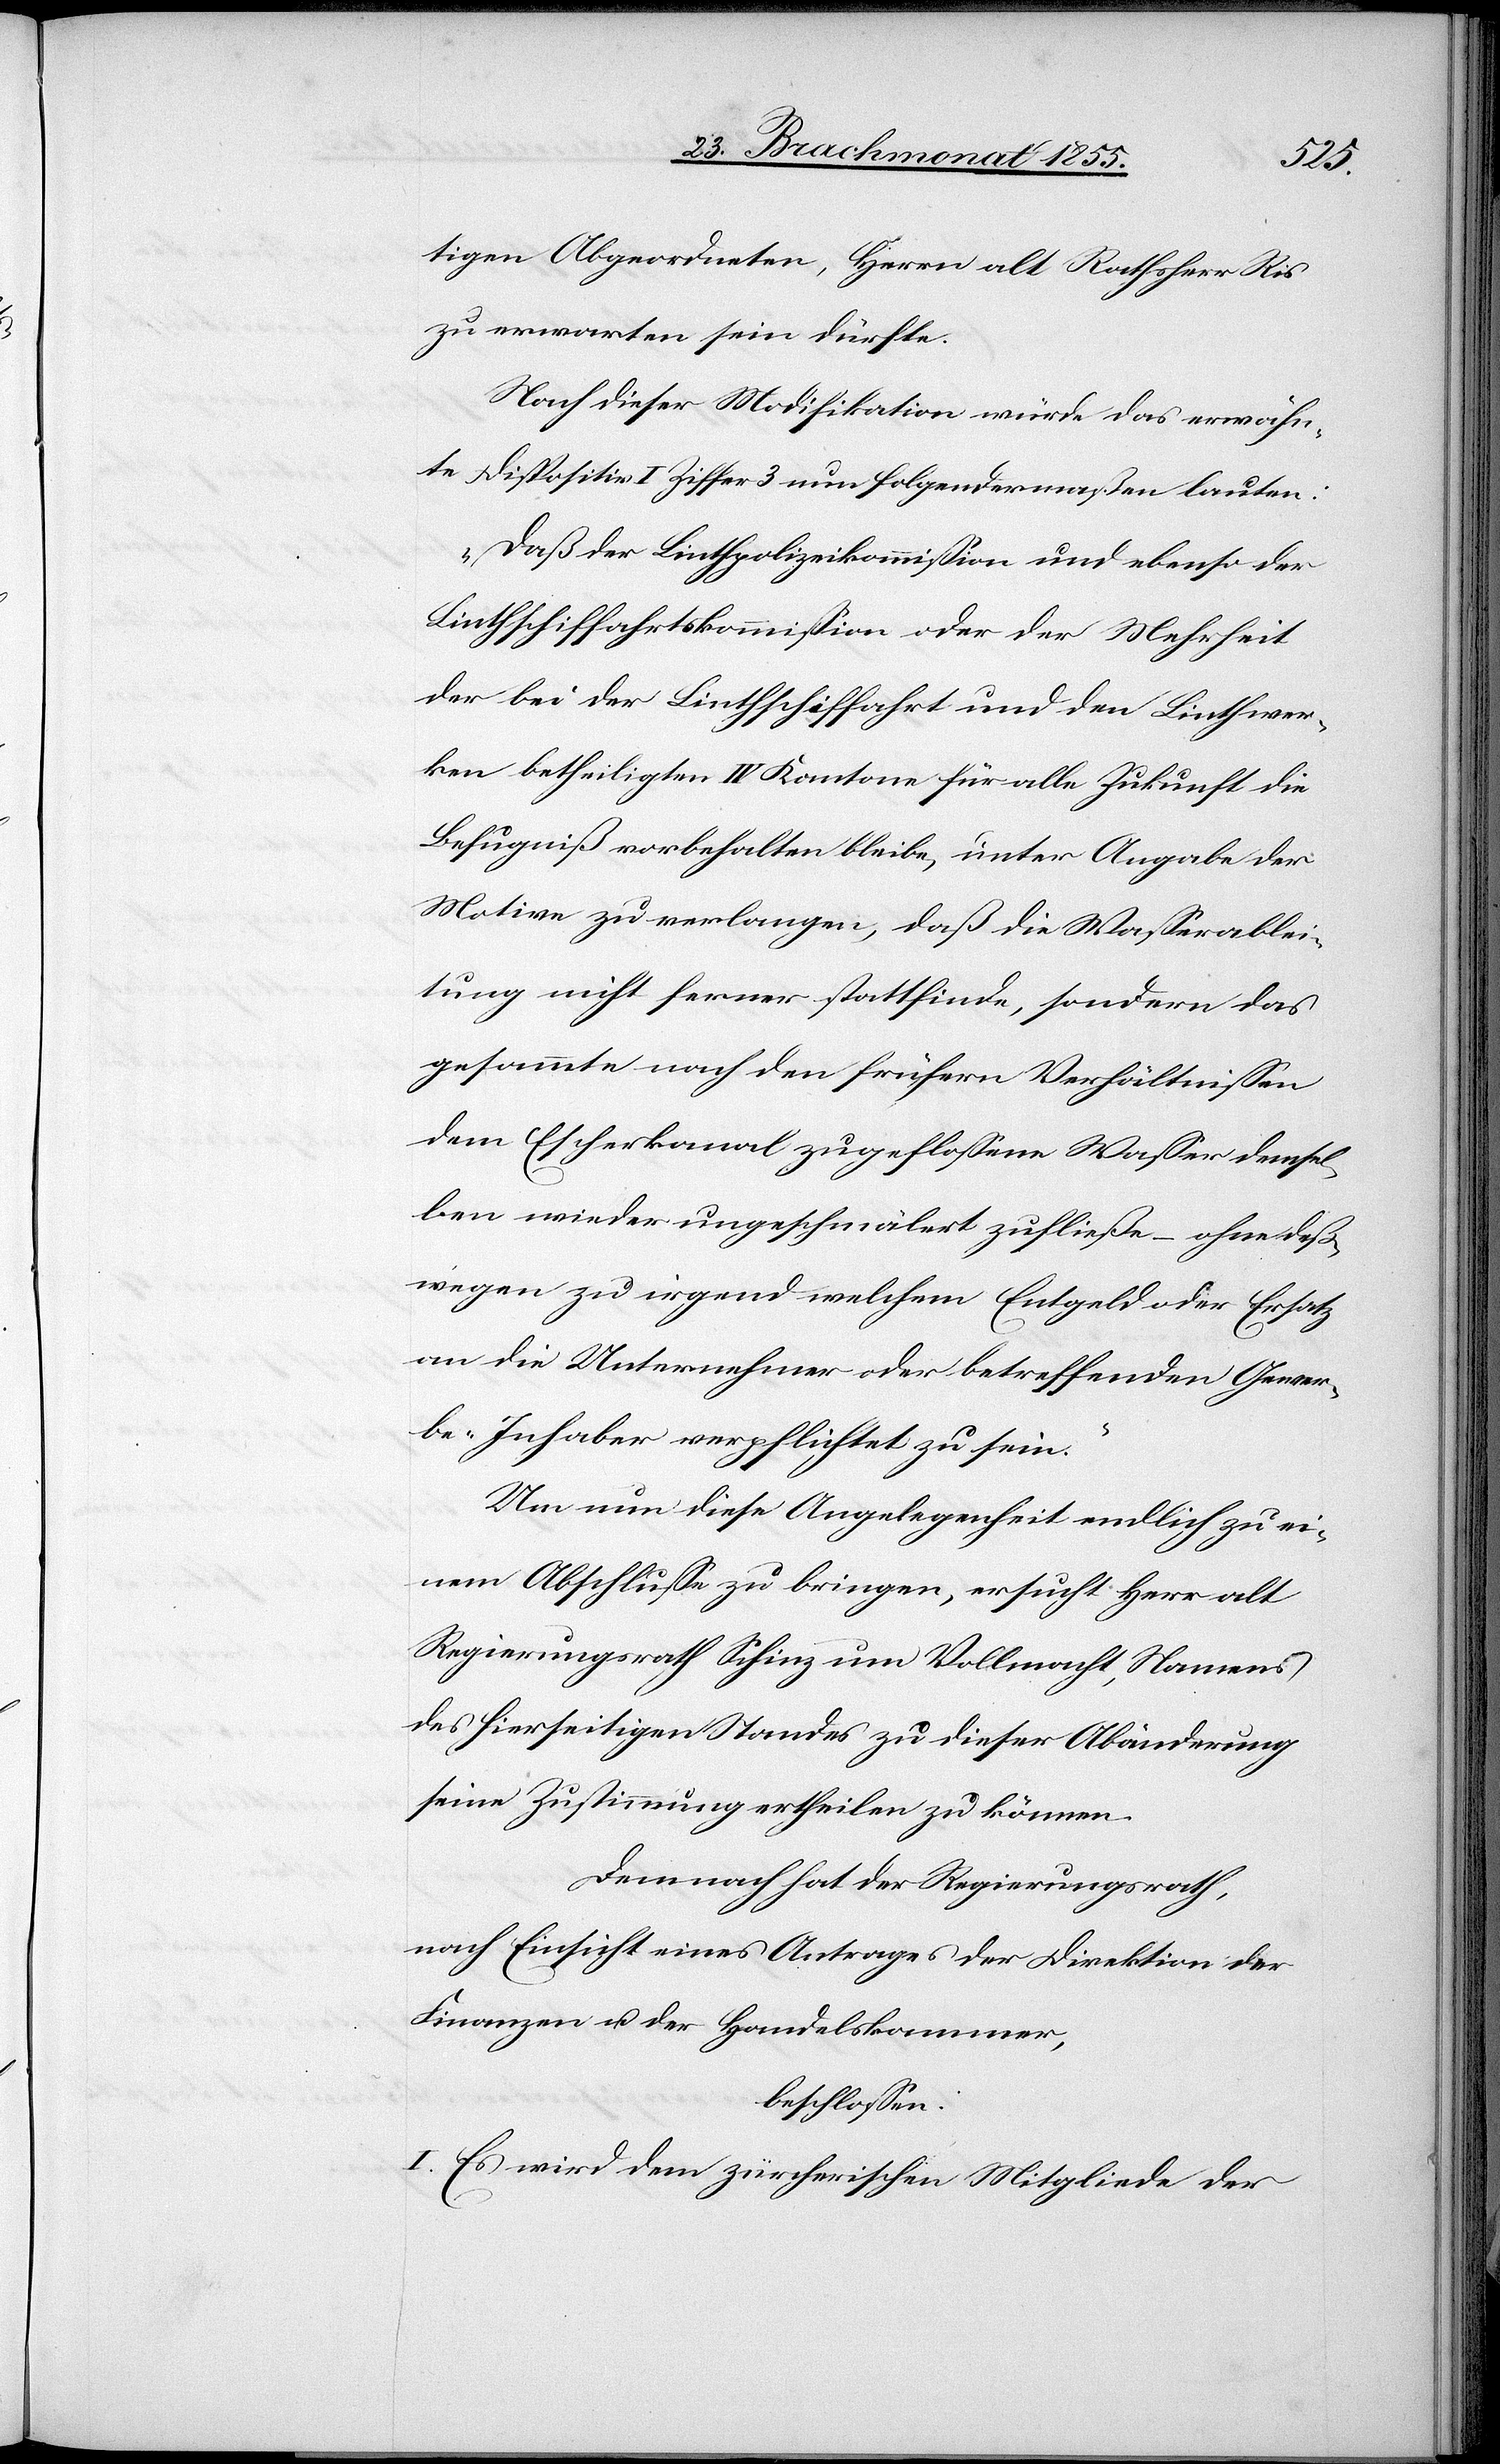
tigen Abgeordneten, Herrn alt Rathsherr Ris
zu erwarten sein dürfte.
Nach dieser Modifikation würde das erwähn¬
te Dispositiv I Ziffer 3 nun folgendermaßen lauten:
„Daß der Linthpolizeikommission und ebenso der
Linthschiffahrtskommission oder der Mehrheit
der bei der Linthschiffahrt und den Linthwer¬
ken betheiligten IV Kantone[n] für alle Zukunft die
Befugniß vorbehalten bleibe, unter Angabe der
Motive zu verlangen, daß die Wasserablei¬
tung nicht ferner stattfinde, sondern das
gesammte nach den frühern Verhältnissen
dem Escherkanal zugeflossene Wasser demsel¬
ben wieder ungeschmälert zufließe – ohne deß¬
wegen zu irgend welchem Entgeld oder Ersatz
an die Unternehmer oder betreffenden Gewer¬
be-Inhaber verpflichtet zu sein.“
Um nun diese Angelegenheit endlich zu ei¬
nem Abschlusse zu bringen, ersucht Herr alt
Regierungsrath Schinz um Vollmacht, Namens
des hierseitigen Standes zu dieser Abänderung
seine Zustimmung ertheilen zu können.
Demnach hat der Regierungsrath,
nach Einsicht eines Antrages der Direktion der
Finanzen u. der Handelskammer,
beschlossen:
I. Es wird dem zürcherischen Mitgliede der